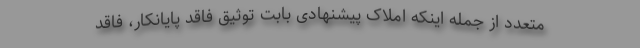
متعدد از جمله اینکه املاک پیشنهادی بابت توثیق فاقد پایانکار، فاقد